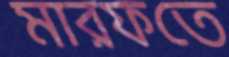
মারফতে